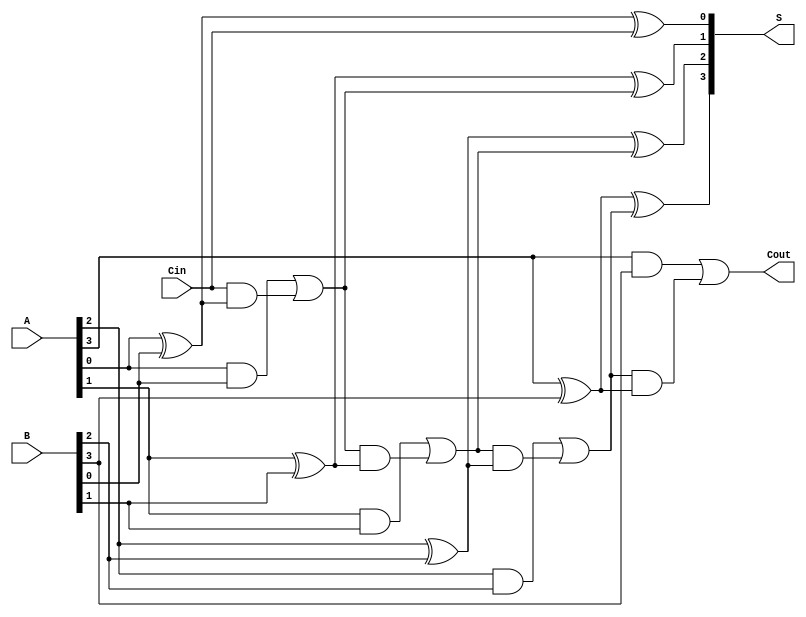
module HanCarlsonAdder #(parameter N = 4) (
    input  wire [N-1:0] A,   // n-bit input A
    input  wire [N-1:0] B,   // n-bit input B
    input  wire Cin,          // Carry input
    output wire [N-1:0] S,    // n-bit sum output
    output wire Cout          // Carry output
);

    // Internal wires for carry generation
    wire [N:0] C; // C[0] = Cin, C[1] to C[N] are carry outputs

    // Assign Cin to C[0]
    assign C[0] = Cin;

    genvar i;
    generate
        for (i = 0; i < N; i = i + 1) begin : full_adder
            // Sum calculation
            assign S[i] = A[i] ^ B[i] ^ C[i];

            // Carry generation
            assign C[i + 1] = (A[i] & B[i]) | (C[i] & (A[i] ^ B[i]));
        end
    endgenerate

    // Assign Cout to the final carry output
    assign Cout = C[N];

endmodule